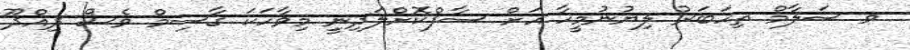
ވ ސަލާމް ތިހަބަރު ލިޔުނުމީހާ އަށް ސާފްކޮށްލަދިނީި މިވާހަކަ ޤާސިމް ވެސް ދިއްދޫ